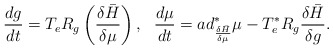
\begin{align*}\frac{dg}{dt}=T_{e}R_{g}\left( \frac{\delta \bar{H}}{\delta \mu}\right) ,\ \ \frac{d\mu }{dt}=ad_{\frac{\delta\bar{H}}{\delta \mu }}^{\ast }\mu -T_{e}^{\ast }R_{g}\frac{\delta\bar{H}}{\delta g}. \end{align*}